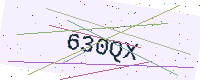
Text: 630QX